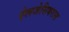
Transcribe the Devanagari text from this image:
ऐलजेसियरास